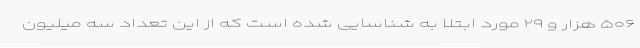
۵۰۶ هزار و ۲۹ مورد ابتلا به شناسایی شده است که از این تعداد سه میلیون